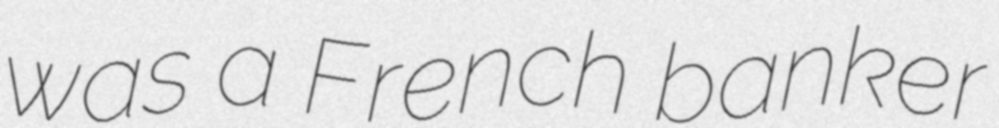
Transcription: was a French banker